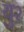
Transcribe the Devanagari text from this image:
यु२